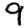
Digit: 9